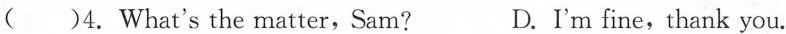
( )4. What's the matter,Sam? D.I'm fine,thank you.